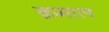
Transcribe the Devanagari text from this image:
क़माल